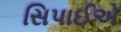
સિપાઈએ